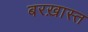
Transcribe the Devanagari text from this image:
बरख़ास्त